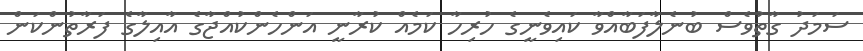
ސަމަދު ގާތުވެސް ބުނެލާފަބާއްވާ ކައިވެނީގެ ހުރިހާ ކަމެއް ކުރާނީ އަންހެންކުއްޖާގެ އާއިލާގެ ފަރާތުންކަން